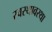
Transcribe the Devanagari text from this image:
स्वस्थावस्था